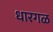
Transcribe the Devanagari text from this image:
धारगळ